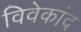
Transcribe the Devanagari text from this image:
विवेकांद